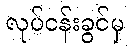
လုပ်ငန်းခွင်မှ